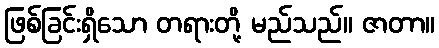
ဖြစ်ခြင်းရှိသော တရားတို့ မည်သည်။ ဇာတာ။